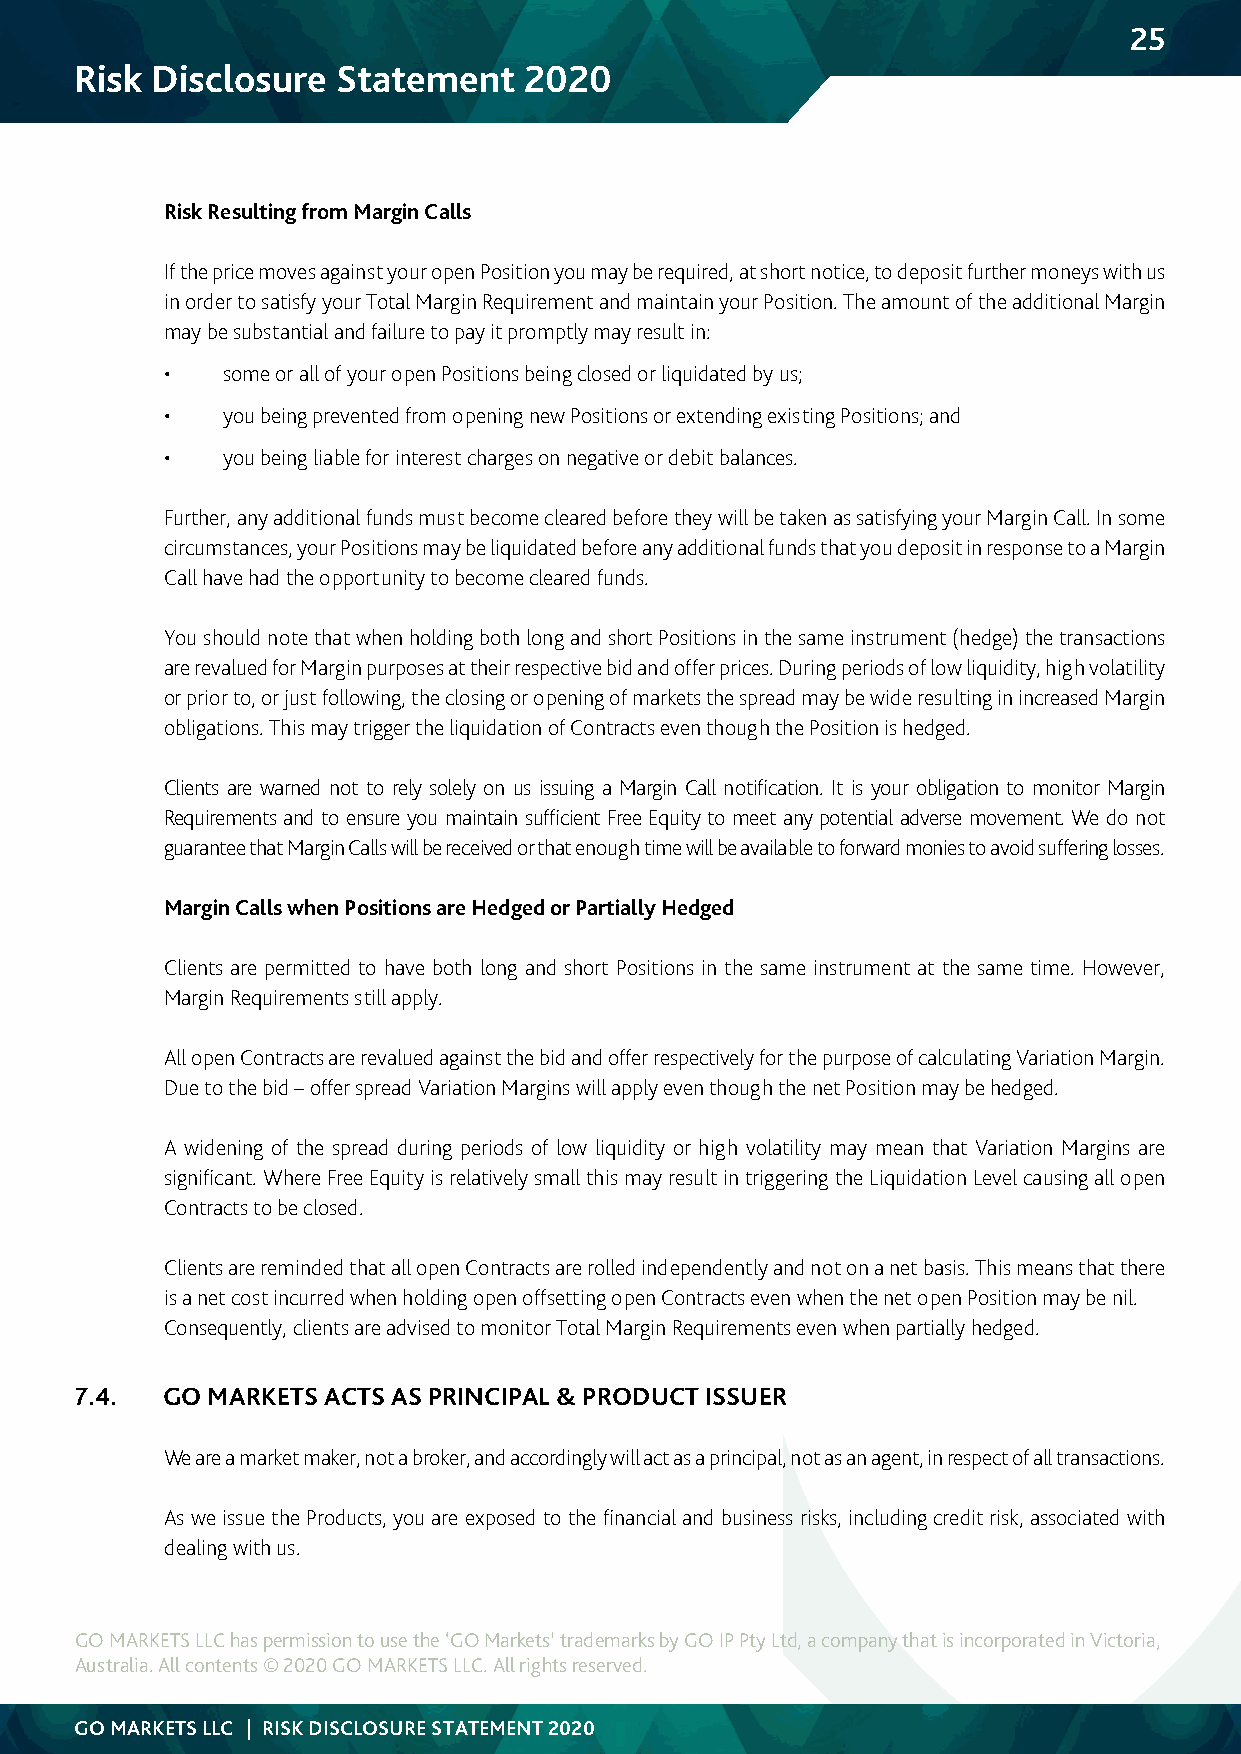
25
 Risk Disclosure  Statement    2020
 Risk Resulting from Margin Calls
 If the price moves against your open Position you may be required, at short notice, to deposit further moneys with us
 in order to satisfy your Total Margin Requirement and maintain your Position. The amount of the additional Margin
 may be substantial and failure to pay it promptly may result in:
 •   some or all of your open Positions being closed or liquidated by us;
 •   you being prevented from opening new Positions or extending existing Positions; and
 •   you being liable for interest charges on negative or debit balances.
 Further, any additional funds must become cleared before they will be taken as satisfying your Margin Call. In some
 circumstances, your Positions may be liquidated before any additional funds that you deposit in response to a Margin
 Call have had the opportunity to become cleared funds.
 You should note that when holding both long and short Positions in the same instrument (hedge) the transactions
 are revalued for Margin purposes at their respective bid and offer prices. During periods of low liquidity, high volatility
 or prior to, or just following, the closing or opening of markets the spread may be wide resulting in increased Margin
 obligations. This may trigger the liquidation of Contracts even though the Position is hedged.
 Clients are warned not to rely solely on us issuing a Margin Call notification. It is your obligation to monitor Margin
 Requirements and to ensure you maintain sufficient Free Equity to meet any potential adverse movement. We do not
 guarantee that Margin Calls will be received or that enough time will be available to forward monies to avoid suffering losses.
 Margin Calls when Positions are Hedged or Partially Hedged
 Clients are permitted to have both long and short Positions in the same instrument at the same time. However,
 Margin Requirements still apply.
 All open Contracts are revalued against the bid and offer respectively for the purpose of calculating Variation Margin.
 Due to the bid – offer spread Variation Margins will apply even though the net Position may be hedged.
 A widening of the spread during periods of low liquidity or high volatility may mean that Variation Margins are
 significant. Where Free Equity is relatively small this may result in triggering the Liquidation Level causing all open
 Contracts to be closed.
 Clients are reminded that all open Contracts are rolled independently and not on a net basis. This means that there
 is a net cost incurred when holding open offsetting open Contracts even when the net open Position may be nil.
 Consequently, clients are advised to monitor Total Margin Requirements even when partially hedged.
 7.4.  GO MARKETS ACTS AS PRINCIPAL & PRODUCT ISSUER
 We are a market maker, not a broker, and accordingly will act as a principal, not as an agent, in respect of all transactions.
 As we issue the Products, you are exposed to the financial and business risks, including credit risk, associated with
 dealing with us.
 GO MARKETS LLC has permission to use the ‘GO Markets’ trademarks by GO IP Pty Ltd, a company that is incorporated in Victoria,
 Australia. All contents © 2020 GO MARKETS LLC. All rights reserved.
 GO MARKETS LLC | RISK DISCLOSURE STATEMENT 2020